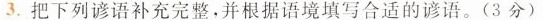
3.把下列谚语补充完整，并根据语境填写合适的谚语。(3分)